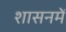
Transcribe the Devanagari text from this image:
शासनमें